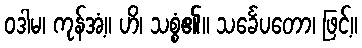
ဝဒါမ၊ ကုန်အံ့။ ဟိ၊ သစ္စံ၏။ သင်္ခေပတော၊ ဖြင့်။